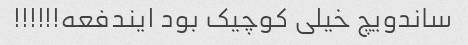
ساندویچ خیلی کوچیک بود ایندفعه!!!!!!